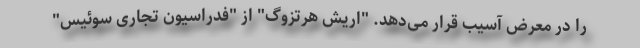
را در معرض آسیب قرار می‌دهد. "اریش هرتزوگ" از "فدراسیون تجاری سوئیس"